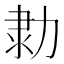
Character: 𠡫